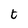
Character: t